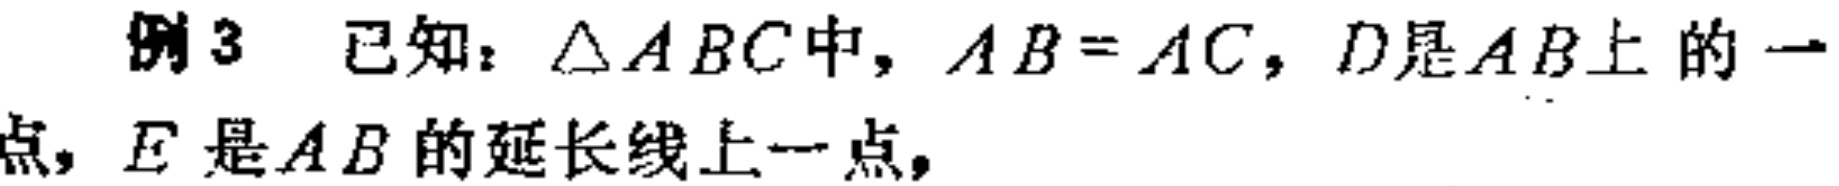
例3 已知：$\triangle ABC$中，$AB = AC$，$D$是$AB$上的一点，$E$是$AB$的延长线上一点，